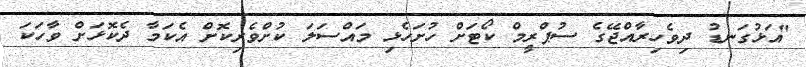
"އަޅުގަނޑު ދިވެހިރާއްޖޭގެ ސުޕްރީމް ކޯޓަށް ހުށަހެޅި މައްސަލަ ކުށްވެރިކޮށް އެކަމާ ދެކޮޅަށް ވާހަކަ